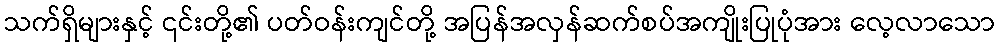
သက်ရှိများနှင့် ၎င်းတို့၏ ပတ်ဝန်းကျင်တို့ အပြန်အလှန်ဆက်စပ်အကျိုးပြုပုံအား လေ့လာသော